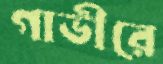
গাভীরে